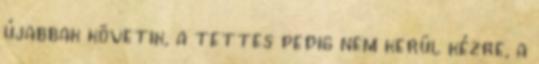
újabbak követik, a tettes pedig nem kerül kézre, a